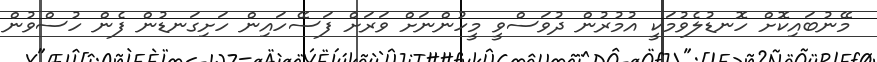
މޭނުބައިކޮށް ހޮނޑުލެވުމަކީ އުމުރުން ދުވަސްވީ މީހުންނަށް ވަރަށް ފަސޭހައިން ހަށިގަނޑުން ފެން ހުސްވުން